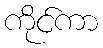
ကိုင်ကာ